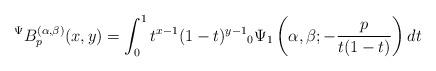
LaTeX: \begin{align*}{}^{\Psi}B_{p}^{(\alpha,\beta)}(x,y)=\int_{0}^{1}t^{x-1}(1-t)^{y-1}{}_{0}\Psi_{1}\left( \alpha,\beta;-\frac{p}{t(1-t)}\right) dt\end{align*}